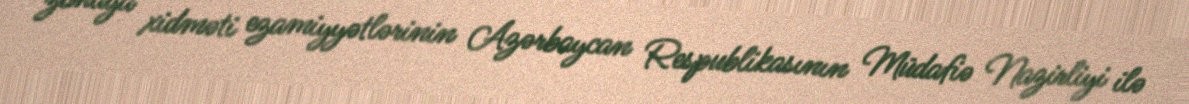
zonaya xidməti ezamiyyətlərinin Azərbaycan Respublikasının Müdafiə Nazirliyi ilə